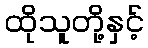
ထိုသူတို့နှင့်